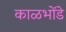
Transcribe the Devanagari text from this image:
काळभोंडे